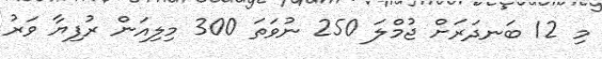
މި 12 ބަނދަރަށް ޖުމްލަ 250 ނުވަތަ 300 މިލިއަން ރުފިޔާ ވަރު